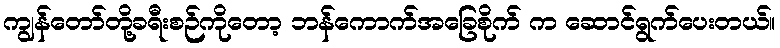
ကျွန်တော်တို့ခရီးစဉ်ကိုတော့ ဘန်ကောက်အခြေစိုက် က ဆောင်ရွက်ပေးတယ်။